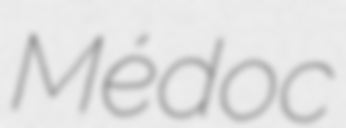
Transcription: Médoc